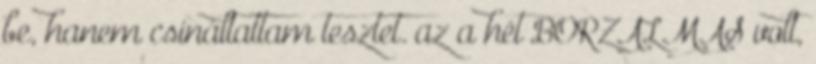
be, hanem csináltattam tesztet. az a hét BORZALMAS volt,